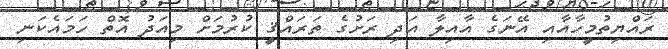
ރައްޔިތުމީހާއާއި އޭނަގެ އާއިލާ އަދި ރަށުގެ ތަރައްޤީ ކުރުމަށް މިއަދު އޮތް ހަމައެކަނި